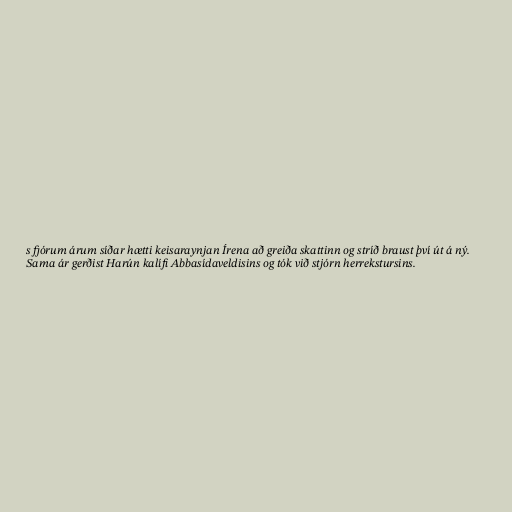
s fjórum árum síðar hætti keisaraynjan Írena að greiða skattinn og stríð braust því út á ný.
Sama ár gerðist Harún kalífi Abbasídaveldisins og tók við stjórn herrekstursins.